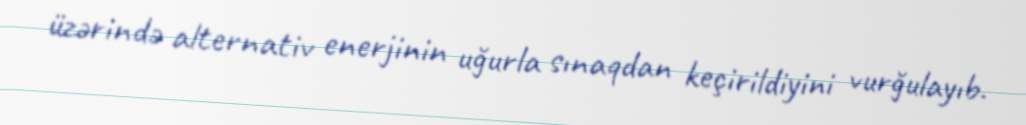
üzərində alternativ enerjinin uğurla sınaqdan keçirildiyini vurğulayıb.